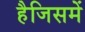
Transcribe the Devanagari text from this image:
हैजिसमें